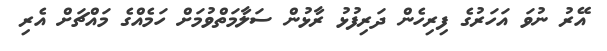
އޭރު ނުވަ އަހަރުގެ ފިރިހެން ދަރިފުޅު ރާޅުން ސަލާމަތްވުމަށް ހަމެއްގެ މައްޗަށް އެރި